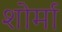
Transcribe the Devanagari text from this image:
शोर्मा